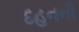
દહનની